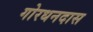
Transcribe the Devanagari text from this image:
गोरधनदास